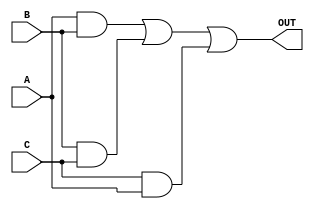
module Majority_Circuit(A,B,C,OUT);
input A,B,C ;
output OUT ;
wire X;
wire Y;
wire Z;

and(X,A,B);
and(Y,B,C);
and(Z,C,A);

or(OUT,X,Y,Z);
endmodule